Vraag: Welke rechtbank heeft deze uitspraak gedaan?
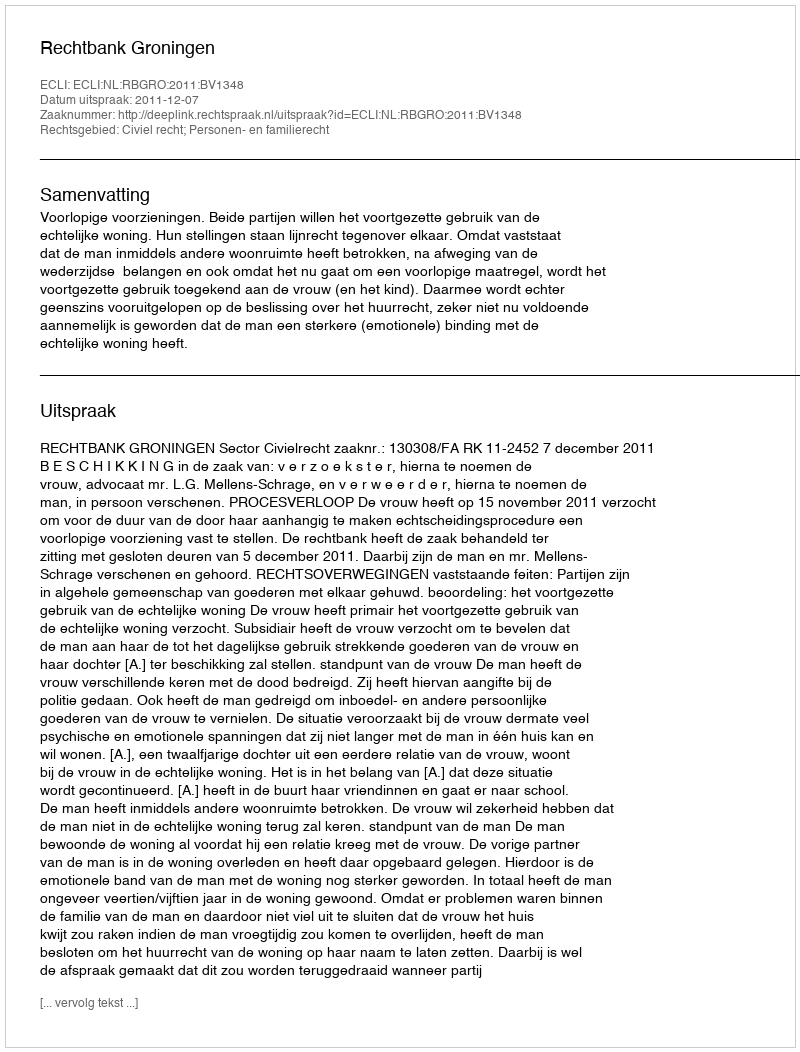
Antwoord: Rechtbank Groningen